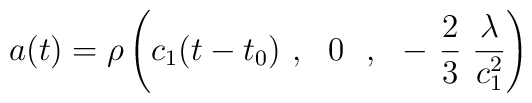
a(t)=\rho \left(c_1(t-t_0)\ , \ \ 0\ \ , \ \ -\ \frac{2}{3}\ \frac{\lambda}{c_1^2}\right)